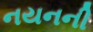
નયનની